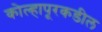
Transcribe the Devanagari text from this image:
कोल्हापूरकडील